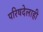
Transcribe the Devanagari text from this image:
परिषदेलाही